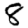
Digit: 8